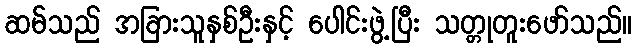
ဆမ်သည် အခြားသူနှစ်ဦးနှင့် ပေါင်းဖွဲ့ပြီး သတ္တုတူးဖော်သည်။